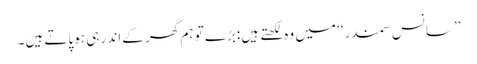
’’سانس سمندر‘‘ میں وہ لکھتے ہیں:بڑے تو ہم گھر کے اندر ہی ہوپاتے ہیں۔